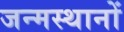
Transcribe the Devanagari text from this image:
जन्मस्थानों